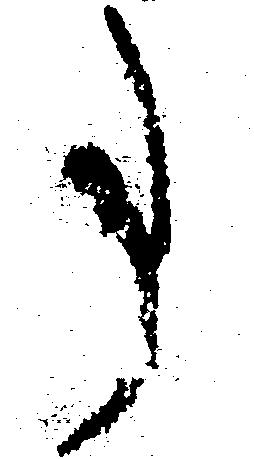
事